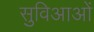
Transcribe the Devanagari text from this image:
सुविआओं